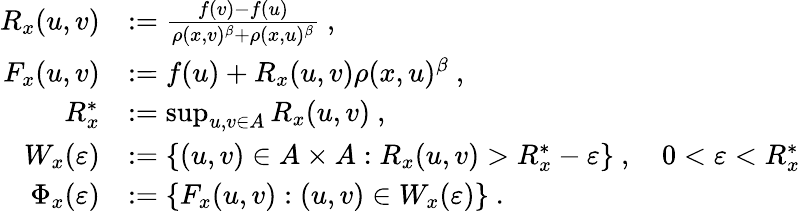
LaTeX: \begin{array}{rl}{R_{x}(u,v)}&{:=\frac{f(v)-f(u)}{\rho(x,v)^{\beta}+\rho(x,u)^{\beta}}~,}\\ {F_{x}(u,v)}&{:=f(u)+R_{x}(u,v)\rho(x,u)^{\beta}~,}\\ {R_{x}^{*}}&{:=\operatorname*{sup}_{u,v\in A}R_{x}(u,v)~,}\\ {W_{x}(\varepsilon)}&{:=\{ (u,v)\in A\times A:R_{x}(u,v)>R_{x}^{*}-\varepsilon\} ~,~~~~0<\varepsilon<R_{x}^{*}}\\ {\Phi_{x}(\varepsilon)}&{:=\{ F_{x}(u,v):(u,v)\in W_{x}(\varepsilon)\} ~.}\end{array}